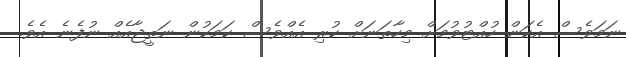
ނަމަވެސް އެކަން ހުއްޓުވުމަށް މިހާތަނަށް ކުރި އެއްވެސް ކަމަކުން ނަތީޖާއެއް ނުފެނެ އެވެ.